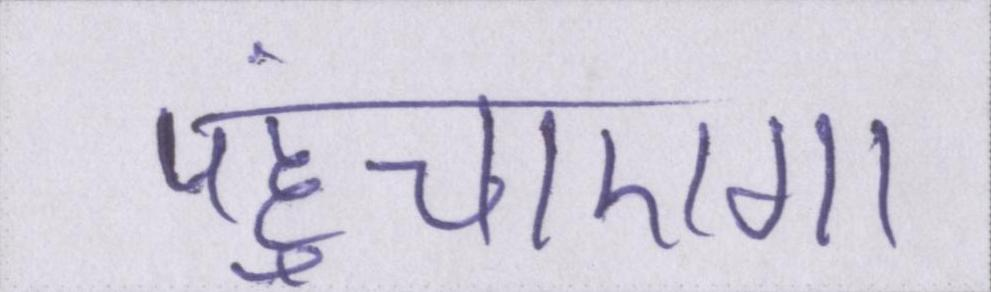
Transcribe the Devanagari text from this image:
पहुंचाएगा